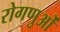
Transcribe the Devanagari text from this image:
रोगणुओं